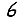
Digit: 6